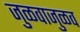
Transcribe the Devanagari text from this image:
जुळवाजुळव